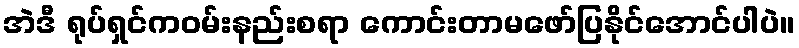
အဲဒီ ရုပ်ရှင်ကဝမ်းနည်းစရာ ကောင်းတာမဖော်ပြနိုင်အောင်ပါပဲ။